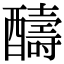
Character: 醻